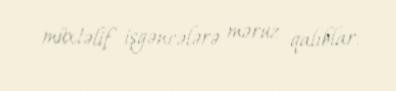
müxtəlif işgəncələrə məruz qalıblar.